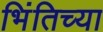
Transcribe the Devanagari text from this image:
भिंतिच्या